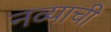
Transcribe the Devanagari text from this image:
नव्याची